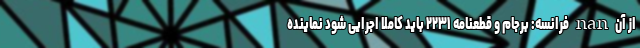
از آن nan فرانسه: برجام و قطعنامه ۲۲۳۱ باید کاملا اجرایی شود نماینده